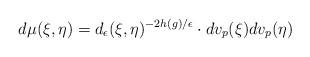
LaTeX: \begin{align*} d\mu(\xi,\eta)=d_\epsilon(\xi,\eta)^{-2h(g)/\epsilon}\cdot dv_p(\xi)dv_p(\eta)\end{align*}